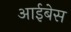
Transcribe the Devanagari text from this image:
आईबेस